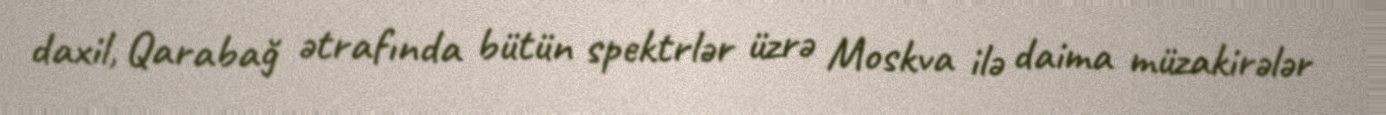
daxil, Qarabağ ətrafında bütün spektrlər üzrə Moskva ilə daima müzakirələr